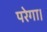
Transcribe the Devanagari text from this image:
परेगा।